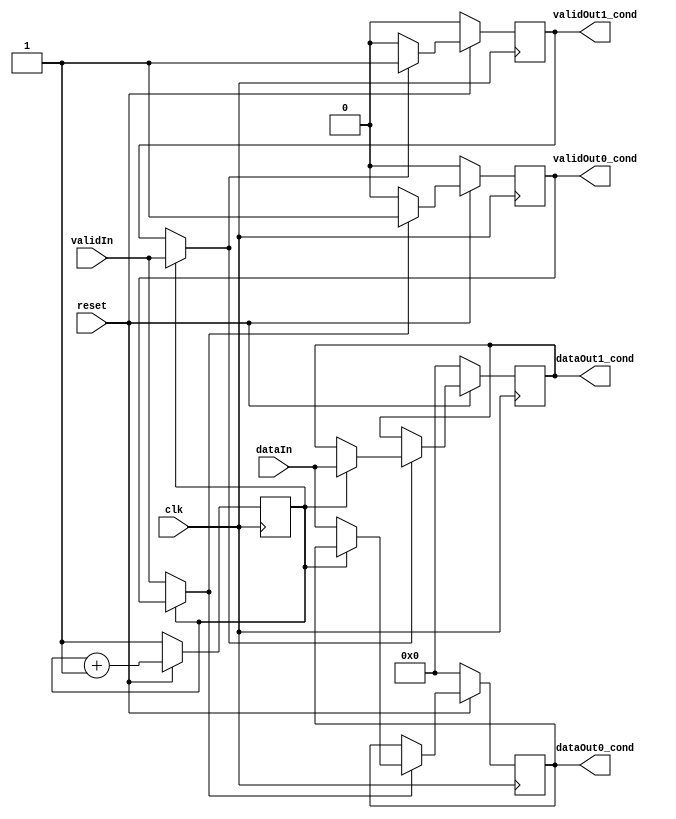
module DeMux2x1(
    output reg [7:0]dataOut0_cond,
    output reg [7:0]dataOut1_cond,
    output reg validOut0_cond,
    output reg validOut1_cond,
    input [7:0]dataIn,
    input validIn,
    input clk,
    input reset);

    reg [7:0]out0_cond = 'b0;
    reg [7:0]out1_cond = 'b0;
    reg validDeMux0_cond = 0;
    reg validDeMux1_cond = 0;
    reg selector_cond;

    always @(posedge clk)begin
        if (reset == 0)begin
            selector_cond <= 1;
        end
        else begin
            selector_cond <= selector_cond + 1;
        end
    end
    
    always @(*)
        begin
            out0_cond = dataOut0_cond;
            out1_cond = dataOut1_cond;
            validDeMux0_cond = validOut0_cond;
            validDeMux1_cond = validOut1_cond;
            if(selector_cond == 1) begin
                out1_cond = dataIn;
                validDeMux1_cond = validIn;
            end
            else if (selector_cond == 0)begin
                out0_cond = dataIn;
                validDeMux0_cond = validIn;
            end
        end
    // Flop que guarda lo que sea que este ee el cable out que conecta el mux con el flop
    always @(posedge clk)
        begin
            if (reset == 0)begin
                dataOut0_cond  <= 8'b00000000;
                validOut0_cond <= 0;
            end
            else begin
                if (validDeMux0_cond == 1)begin
                    dataOut0_cond <= out0_cond;
                    validOut0_cond <= validDeMux0_cond;
                    end
                else if (validDeMux0_cond == 0)begin
                    dataOut0_cond <= dataOut0_cond; 
                    validOut0_cond <= validDeMux0_cond;   
                end
            end
        end
    always @(posedge clk) 
        begin
            if (reset == 0)begin
                    dataOut1_cond  <= 8'b00000000;
                    validOut1_cond <= 0;
                end
            else begin
                if (validDeMux1_cond == 1)begin
                    dataOut1_cond <= out1_cond;
                    validOut1_cond <= validDeMux1_cond;
                    end
                else if (validDeMux1_cond == 0) begin
                    dataOut1_cond <= dataOut1_cond; 
                    validOut1_cond <= validDeMux1_cond;   
                end
            end
        end
endmodule